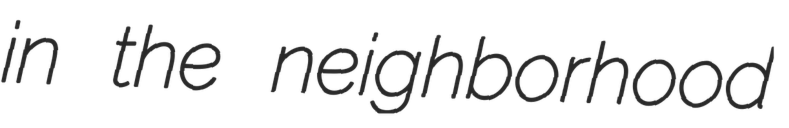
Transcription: in the neighborhood